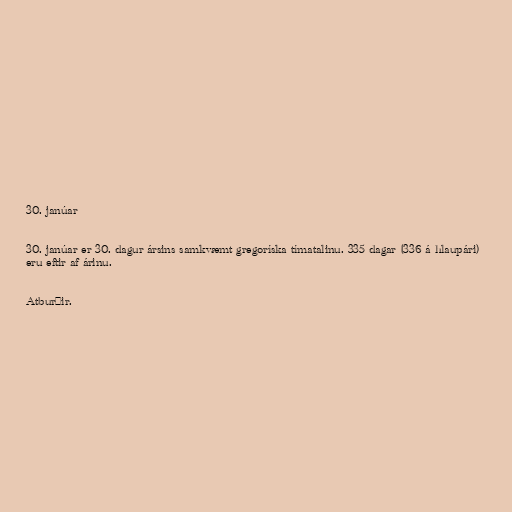
30. janúar

30. janúar er 30. dagur ársins samkvæmt gregoríska tímatalinu. 335 dagar (336 á hlaupári)
eru eftir af árinu.

Atburðir.